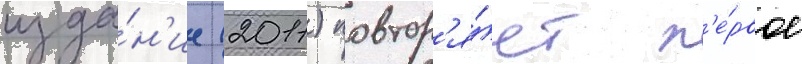
изда́н'ие (2011) повтор'я́ет п'е́рвое